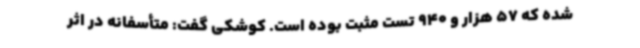
شده که 57 هزار و 940 تست مثبت بوده است. کوشکی گفت: متأسفانه در اثر